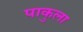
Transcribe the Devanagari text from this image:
पाकुला